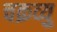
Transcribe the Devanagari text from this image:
चक्रव्यु